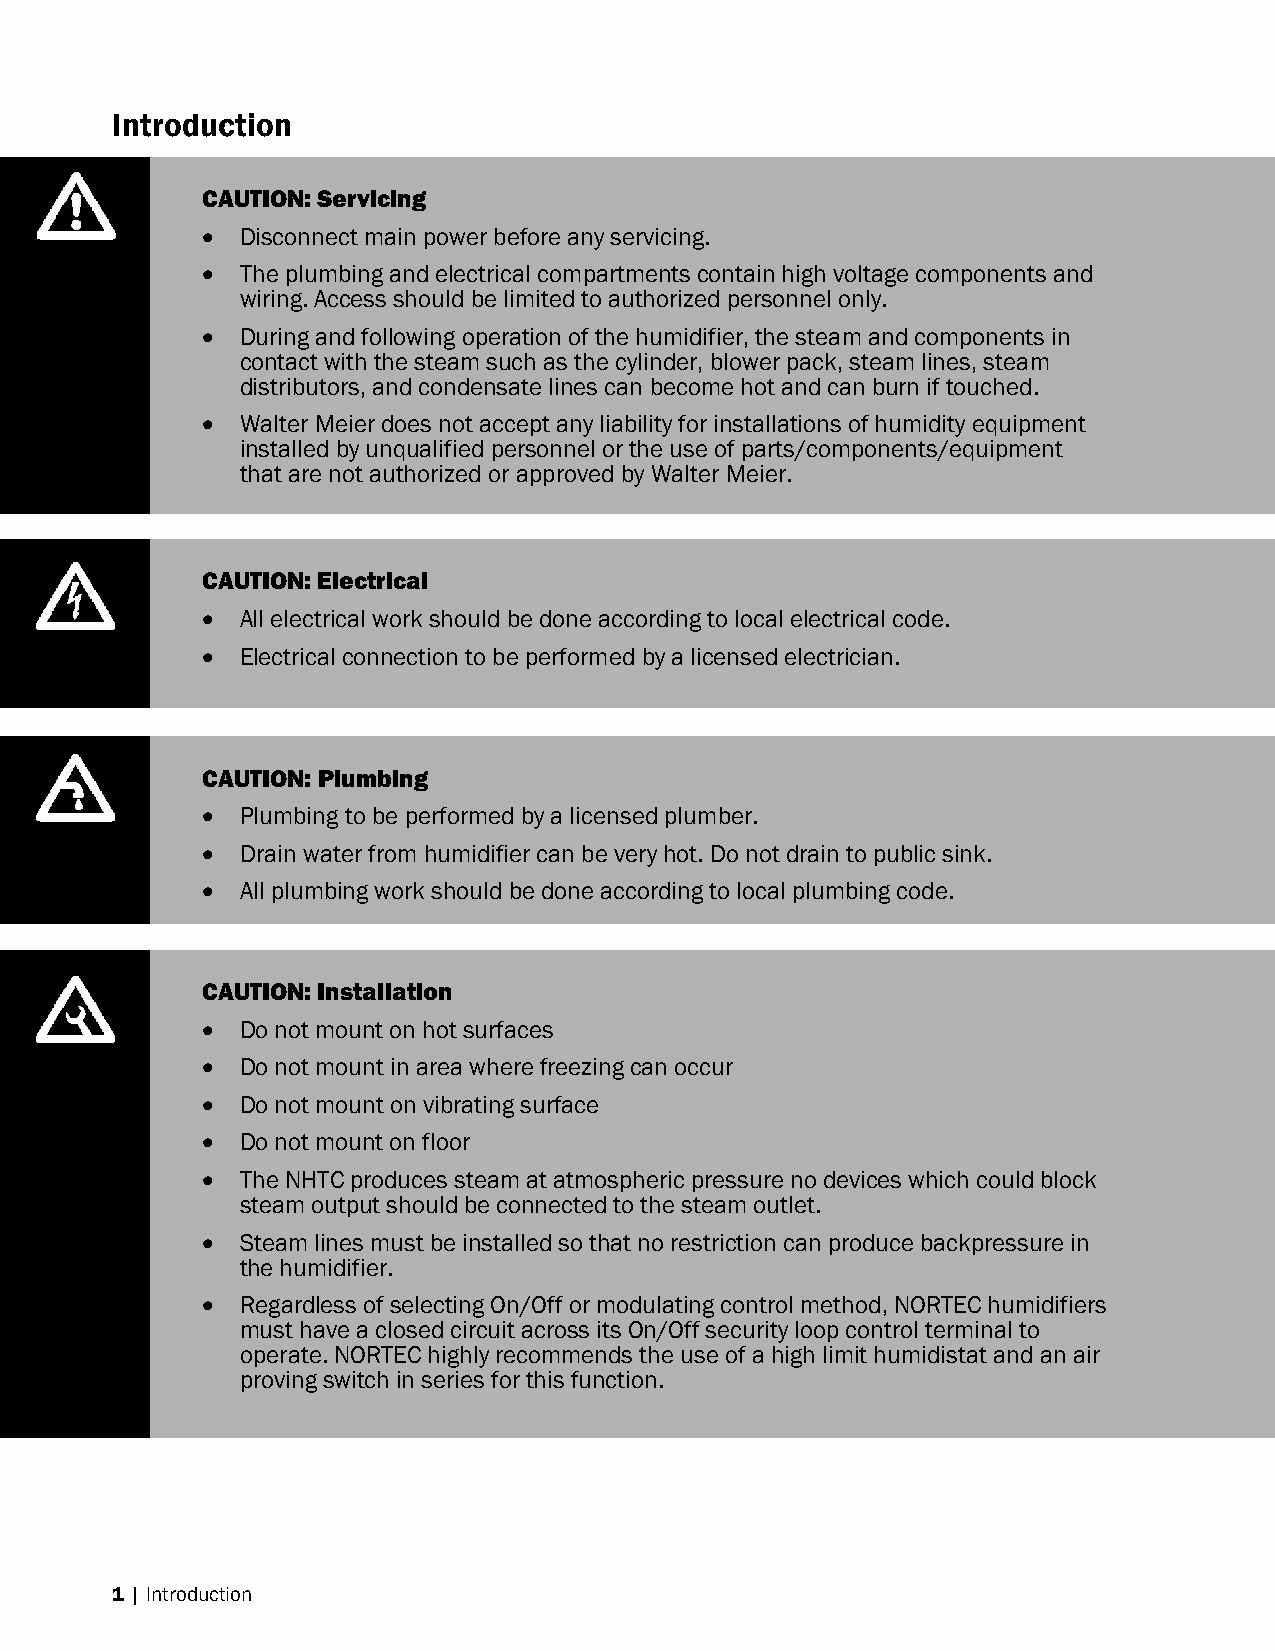
Introduction
 CAUTION: Servicing
  Disconnect main power before any servicing.
  The plumbing and electrical compartments contain high voltage components and
 wiring. Access should be limited to authorized personnel only.
  During and following operation of the humidifier, the steam and components in
 contact with the steam such as the cylinder, blower pack, steam lines, steam
 distributors, and condensate lines can become hot and can burn if touched.
  Walter Meier does not accept any liability for installations of humidity equipment
 installed by unqualified personnel or the use of parts/components/equipment
 that are not authorized or approved by Walter Meier.
 CAUTION: Electrical
  All electrical work should be done according to local electrical code.
  Electrical connection to be performed by a licensed electrician.
 CAUTION: Plumbing
  Plumbing to be performed by a licensed plumber.
  Drain water from humidifier can be very hot. Do not drain to public sink.
  All plumbing work should be done according to local plumbing code.
 CAUTION: Installation
  Do not mount on hot surfaces
  Do not mount in area where freezing can occur
  Do not mount on vibrating surface
  Do not mount on floor
  The NHTC produces steam at atmospheric pressure no devices which could block
 steam output should be connected to the steam outlet.
  Steam lines must be installed so that no restriction can produce backpressure in
 the humidifier.
  Regardless of selecting On/Off or modulating control method, NORTEC humidifiers
 must have a closed circuit across its On/Off security loop control terminal to
 operate. NORTEC highly recommends the use of a high limit humidistat and an air
 proving switch in series for this function.
 1 | Introduction